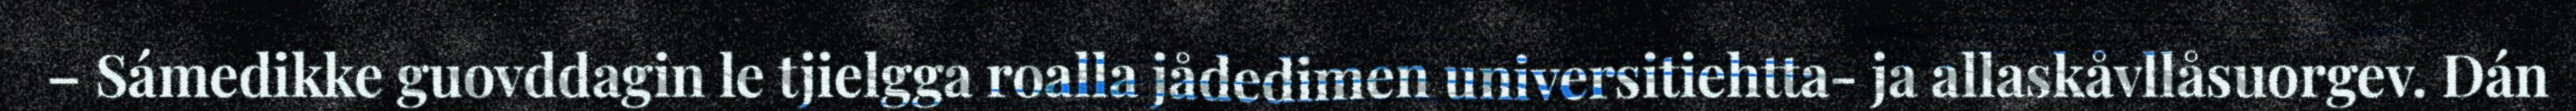
– Sámedikke guovddagin le tjielgga roalla jådedimen universitiehtta- ja allaskåvllåsuorgev. Dán